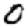
Digit: 0